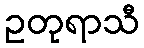
ဥတုရာသီ